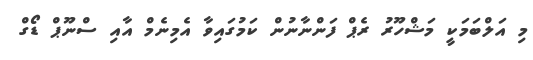
މި އަލްބަމަކީ މަޝްހޫރު ރެޕް ފަންނާނުން ކަމުގައިވާ އެމިނެމް އާއި ސްނޫޕް ޑޯގް